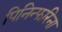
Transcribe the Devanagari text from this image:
पिनिन्फरिना